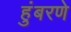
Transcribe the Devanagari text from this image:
हुंबरणे